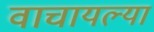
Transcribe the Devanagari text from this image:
वाचायल्या